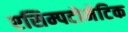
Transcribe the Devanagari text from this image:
एसिम्पटोमेटिक